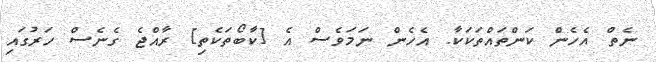
ނެތް އެހެން ކަންތައްތަކަކާ. އެހެން ނަމަވެސް އެ [ކާބޯތަކެތި] ރާއްޖެ ގެެނެސް ހަރުގައި